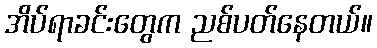
အိပ်ရာခင်းတွေက ညစ်ပတ်နေတယ်။